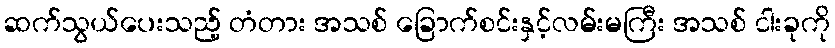
ဆက်သွယ်ပေးသည့် တံတား အသစ် ခြောက်စင်းနှင့်လမ်းမကြီး အသစ် ငါးခုကို